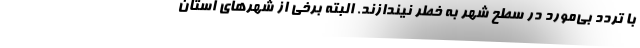
با تردد بی‌مورد در سطح شهر به خطر نیندازند. البته برخی از شهرهای استان